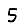
Digit: 5